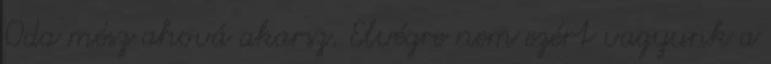
Oda mész ahová akarsz. Elvégre nem ezért vagyunk a